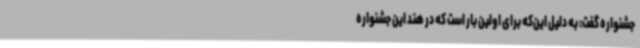
جشنواره گفت: به دلیل این‌که برای اولین بار است که در هند این جشنواره